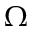
\Omega